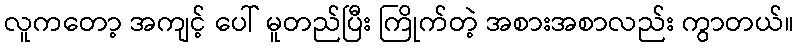
လူကတော့ အကျင့် ပေါ် မူတည်ပြီး ကြိုက်တဲ့ အစားအစာလည်း ကွာတယ်။